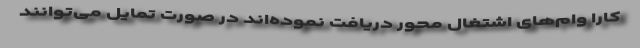
کارا وام‌های اشتغال محور دریافت نموده‌اند در صورت تمایل می‌توانند